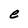
Character: e